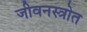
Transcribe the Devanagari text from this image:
जीवनस्त्रोत